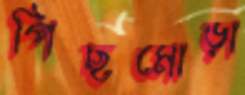
পিছমোড়া